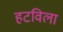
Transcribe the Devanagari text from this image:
हटविला